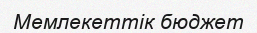
Мемлекеттік бюджет